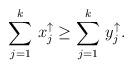
LaTeX: \begin{align*} \sum_{j=1}^{k} \, x_j^{\uparrow} \ge \sum_{j=1}^{k} \,y_j^{\uparrow}. \end{align*}